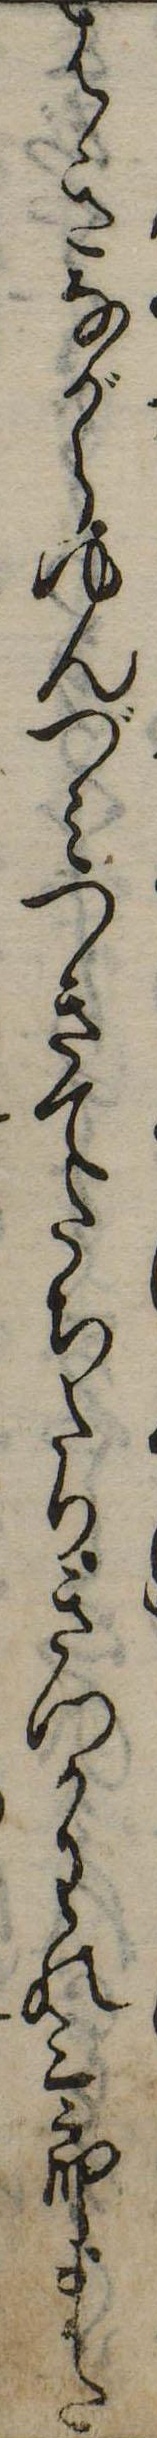
はきながらゆんづみつきてたちたりきつかわの三郎また